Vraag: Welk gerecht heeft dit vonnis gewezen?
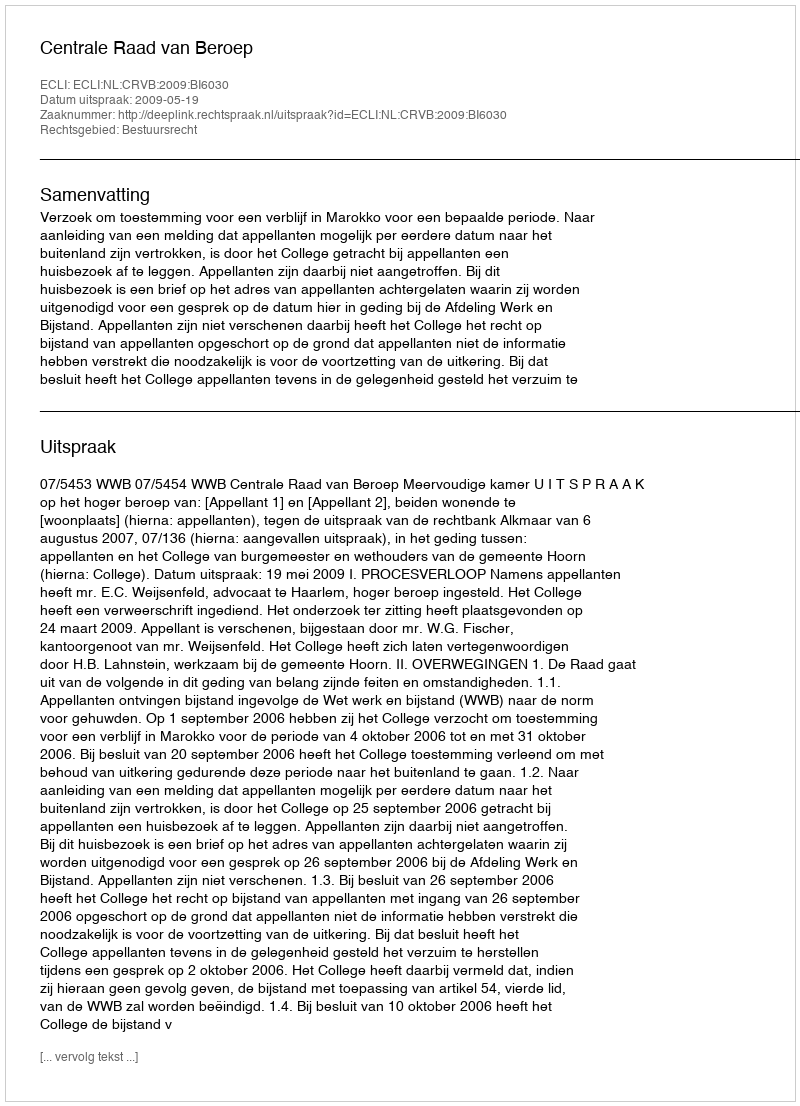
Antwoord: Centrale Raad van Beroep